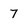
Character: 7